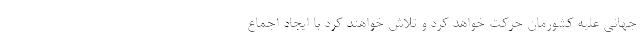
جهانی علیه کشورمان حرکت خواهد کرد و تلاش خواهند کرد با ایجاد اجماع